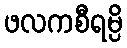
ဖလကစီရမ္ပိ